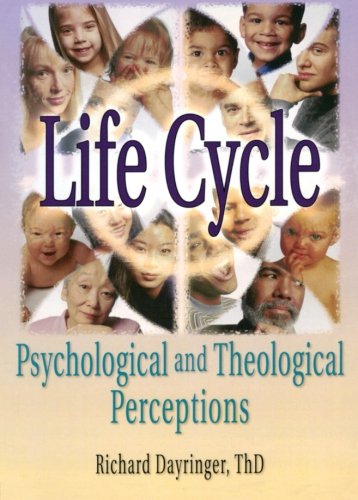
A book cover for Life Cycle: Psychological and Theological Perceptions; Richard L Dayringer; Religion & Spirituality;